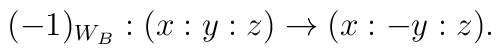
(-1)_{W_B} : (x:y:z) \to (x:-y:z).